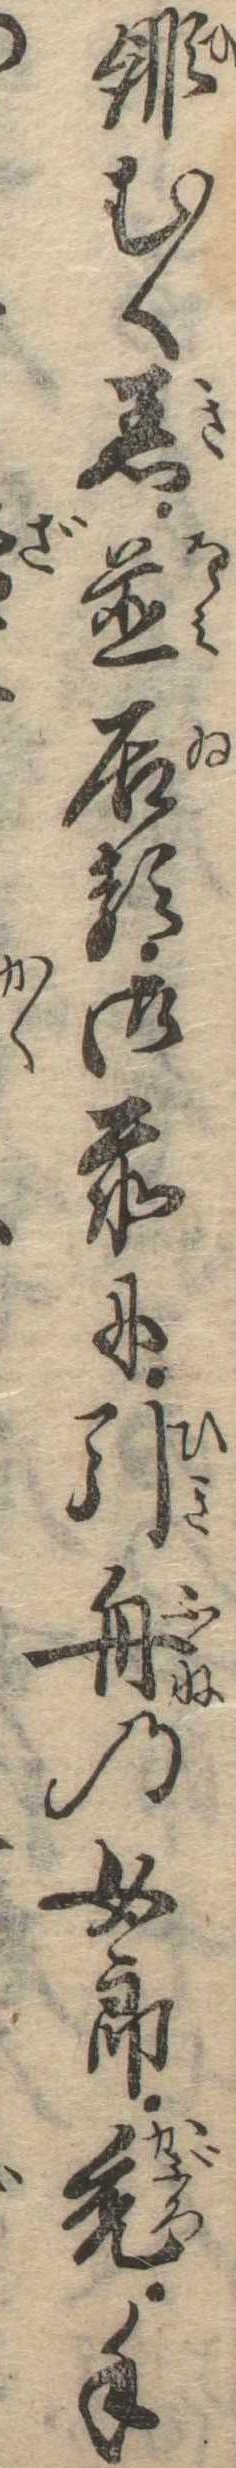
緋むく着並居る御前に引舟の女郎禿手